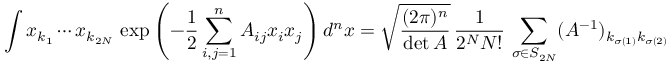
\int x _ { k _ { 1 } } \cdots x _ { k _ { 2 N } } \, \exp { \left( - { \frac { 1 } { 2 } } \sum _ { i , j = 1 } ^ { n } A _ { i j } x _ { i } x _ { j } \right) } \, d ^ { n } x = { \sqrt { \frac { ( 2 \pi ) ^ { n } } { \operatorname* { d e t } A } } } \, { \frac { 1 } { 2 ^ { N } N ! } } \, \sum _ { \sigma \in S _ { 2 N } } ( A ^ { - 1 } ) _ { k _ { \sigma ( 1 ) } k _ { \sigma ( 2 ) } } \cdots ( A ^ { - 1 } ) _ { k _ { \sigma ( 2 N - 1 ) } k _ { \sigma ( 2 N ) } }